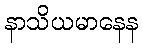
နာသိယမာနေန